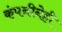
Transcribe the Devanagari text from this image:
कंपनीनेही